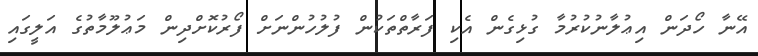
އޭނާ ހޯދަން އިޢުލާނުކުރުމާ ގުޅިގެން އެކި ފަރާތްތަކުން ފުލުހުންނަށް ފޯރުކޮށްދިން މަޢުލޫމާތުގެ އަލީގައި